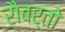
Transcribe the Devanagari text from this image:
रौबर्तो